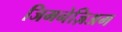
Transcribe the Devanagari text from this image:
जिमनेज़िअम